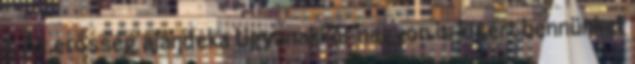
5 Az erősség ajándéka Ugyanakkor nagyon is kísért bennünket